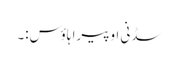
سڈنی اوپیرا ہاؤس:۔